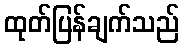
ထုတ်ပြန်ချက်သည်